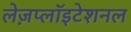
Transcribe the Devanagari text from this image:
लेज़प्लॉइटेशनल